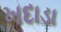
ખદાડા